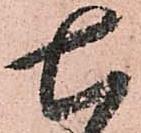
七